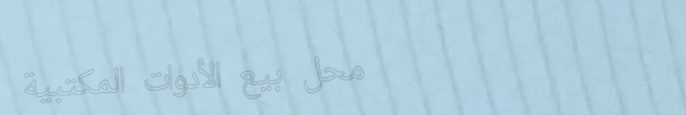
محل بيع الأدوات المكتبية